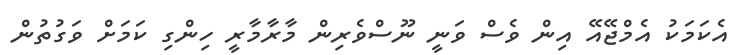
އެކަމަކު އެމްޖޭއޭ އިން ވެސް ވަނީ ނޫސްވެރިން މާރާމާރީ ހިންގި ކަމަށް ވަގުތުން